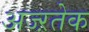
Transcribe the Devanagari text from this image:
अज्ऱतेक